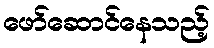
ဖော်ဆောင်နေသည့်